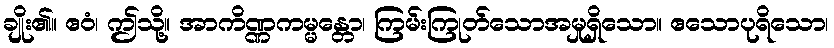
ချိုး၏။ ဧဝံ၊ ဤသို့။ အာကိဏ္ဏကမ္မန္တော၊ ကြမ်းကြုတ်သောအမှုရှိသော။ ဧသောပုရိသော၊